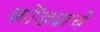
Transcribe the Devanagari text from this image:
कोंड्याचे